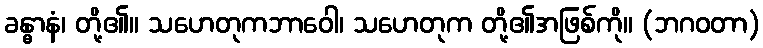
ခန္ဓာနံ၊ တို့၏။ သဟေတုကဘာဝေါ၊ သဟေတုက တို့၏အဖြစ်ကို။ (ဘဂဝတာ)